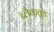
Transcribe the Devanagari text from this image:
ब्लैकव़ुड